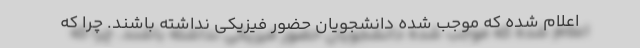
اعلام شده که موجب شده دانشجویان حضور فیزیکی نداشته باشند. چرا که